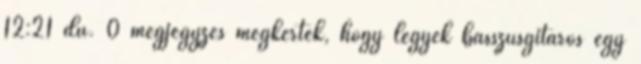
12:21 du. 0 megjegyzés megkértek, hogy legyek basszusgitáros egy